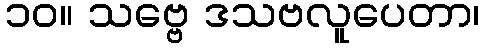
၁၀။ သဗ္ဗေ ဒသဗလူပေတာ၊